Scottish Certificate of Education, 1963
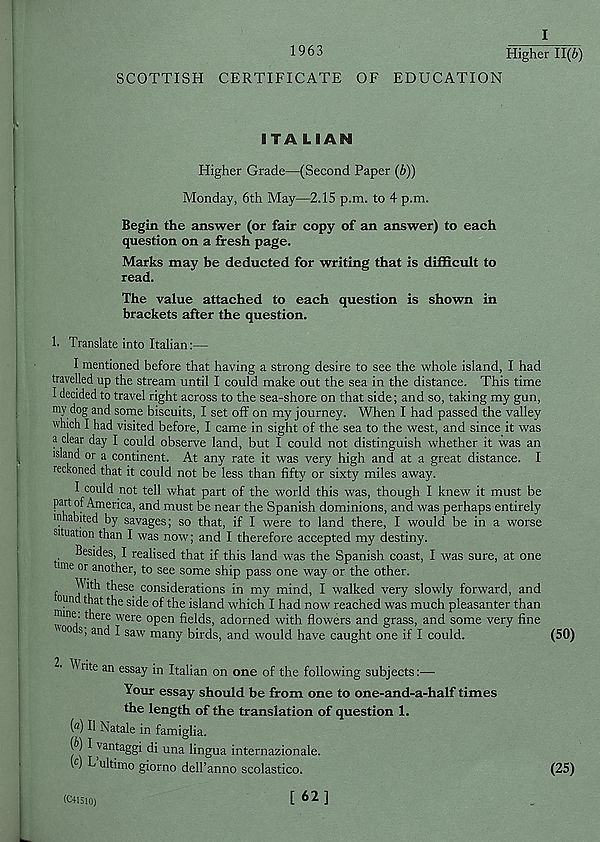
I
1963
Higher 11(6)
SCOTTISH CERTIFICATE OF EDUCATION
ITALIAN
Higher Grade—(Second Paper (6))
Monday, 6th May—2.15 p.m. to 4 p.m.
Begin the answer (or fair copy of an answer) to each
question on a fresh page.
Marks may be deducted for writing that is difficult to
read.
The value attached to each question is shown in
brackets after the question.
!• Translate into Italian:—
I mentioned before that having a strong desire to see the whole island, I had
travelled up the stream until I could make out the sea in the distance. This time
I decided to travel right across to the sea-shore on that side; and so, taking my gun,
my dog and some biscuits, I set off on my journey. When I had passed the valley
which I had visited before, I came in sight of the sea to the west, and since it was
a clear day I could observe land, but I could not distinguish whether it was an
island or a continent. At any rate it was very high and at a great distance. I
reckoned that it could not be less than fifty or sixty miles away.
I could not tell what part of the world this was, though I knew it must be
part of America, and must be near the Spanish dominions, and was perhaps entirely
inhabited by savages; so that, if I were to land there, I would be in a worse
situation than I was now; and I therefore accepted my destiny.
Besides, I realised that if this land was the Spanish coast, I was sure, at one
nne or another, to see some ship pass one way or the other,
f j^1 t^ese . considerations in my mind, I walked very slowly forward, and
ound that the side of the island which I had now reached was much pleasanter than
■nine, there were open fields, adorned with flowers and grass, and some very fine
" 00 s ’ an d I saw many birds, and would have caught one if I could.
(50)
2' Write an essay in Italian on one of the following subjects:—
Your essay should be from one to one-and-a-half times
the length of the translation of question 1.
(®) II Natale in famiglia.
(6) I vantaggi di una lingua internazionale.
\ c ) L ultimo giorno dell’anno scolastico.
(25)
(C41310)
[ 62]